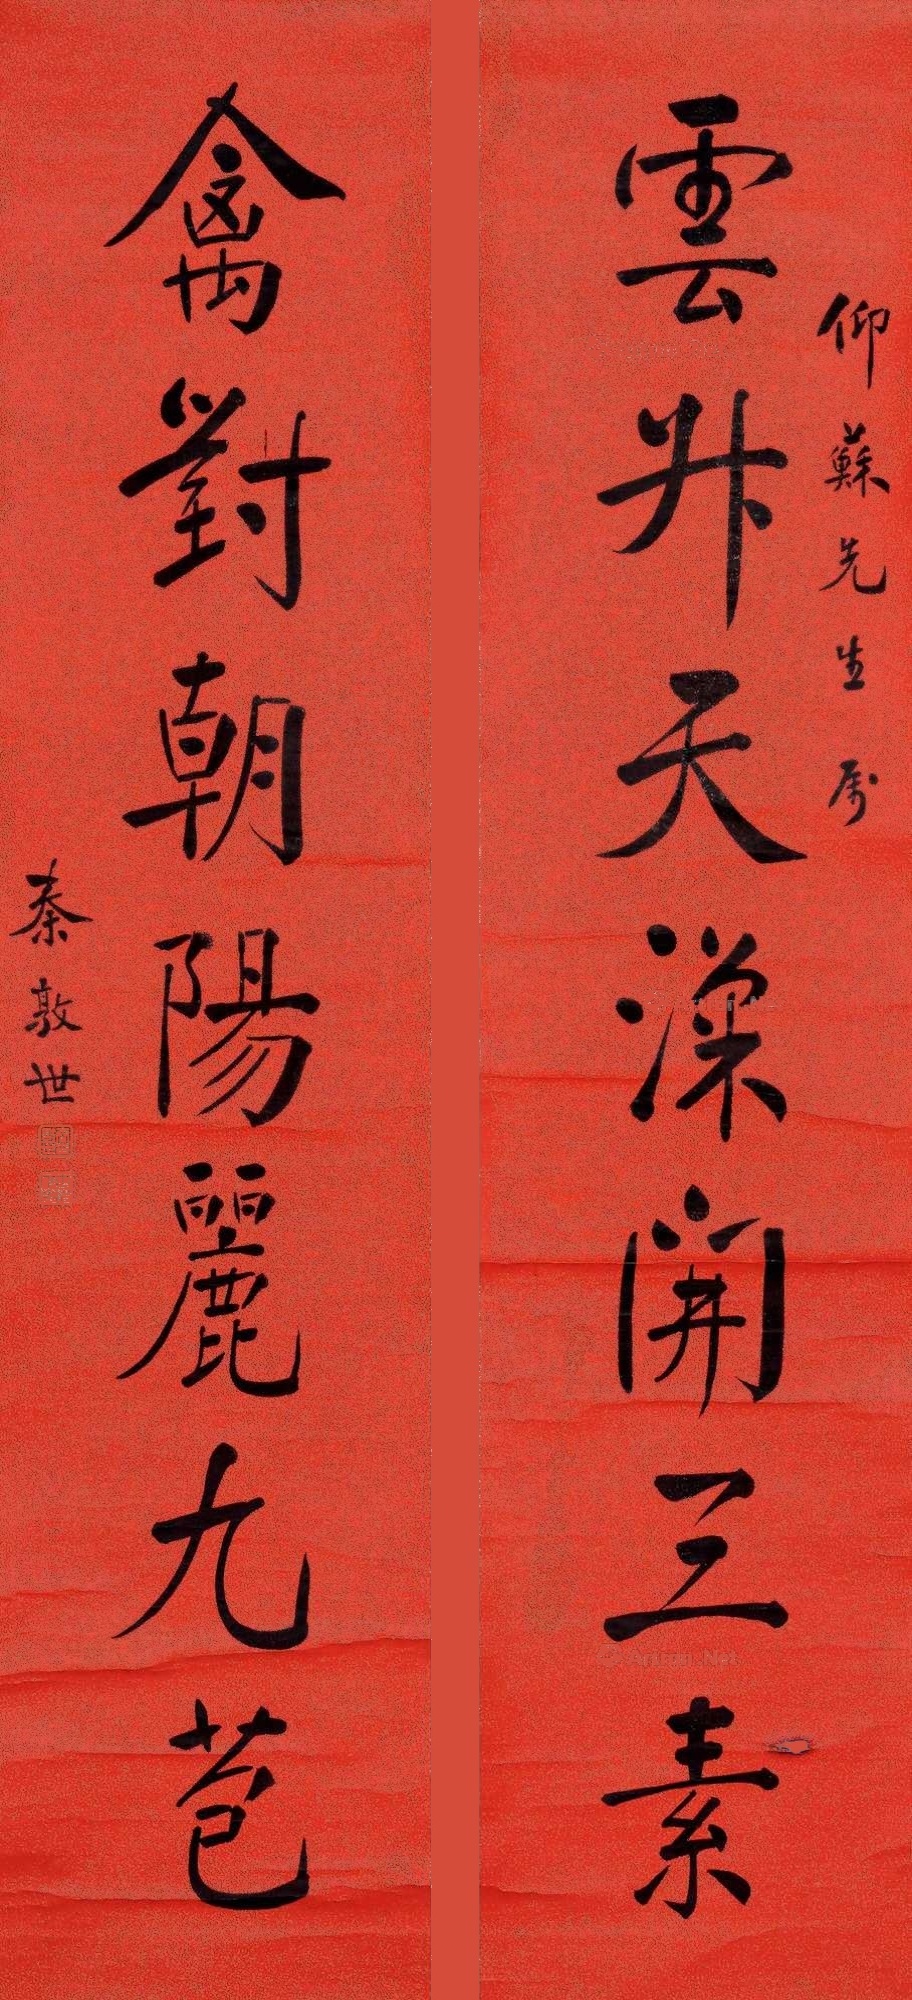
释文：云升天汉开三素，禽对朝阳丽九苞。仰苏先生属。秦敦世。